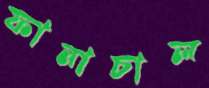
ফানাচাল